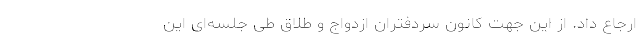
ارجاع داد. از این جهت کانون سردفتران ازدواج و طلاق طی جلسه‌ای این